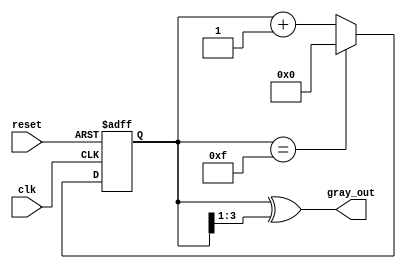
module gray_code_counter #(
    parameter n = 4  // Number of bits
)(
    input wire clk,        // Clock signal
    input wire reset,      // Asynchronous reset signal
    output reg [n-1:0] gray_out  // n-bit Gray code output
);

    reg [n-1:0] binary_count;  // Internal binary counter

    // Gray code conversion function
    function [n-1:0] binary_to_gray;
        input [n-1:0] binary;
        begin
            binary_to_gray = binary ^ (binary >> 1);
        end
    endfunction

    always @(posedge clk or posedge reset) begin
        if (reset) begin
            binary_count <= 0;  // Reset binary counter to 0
        end else begin
            if (binary_count == (1 << n) - 1) begin
                binary_count <= 0;  // Wrap around if at max value
            end else begin
                binary_count <= binary_count + 1;  // Increment binary counter
            end
        end
    end

    // Update Gray code output
    always @* begin
        gray_out = binary_to_gray(binary_count);  // Convert to Gray code
    end

endmodule